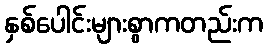
နှစ်ပေါင်းများစွာကတည်းက